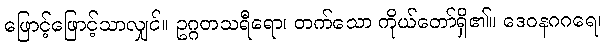
ဖြောင့်ဖြောင့်သာလျှင်။ ဥဂ္ဂတသရီရော၊ တက်သော ကိုယ်တော်ရှိ၏။ ဒေဝနဂဂရေ၊